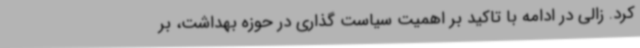
کرد. زالی در ادامه با تاکید بر اهمیت سیاست گذاری در حوزه بهداشت، بر